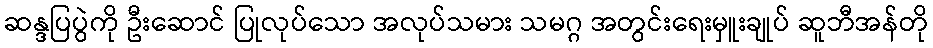
ဆန္ဒပြပွဲကို ဦးဆောင် ပြုလုပ်သော အလုပ်သမား သမဂ္ဂ အတွင်းရေးမှူးချုပ် ဆူဘီအန်တို